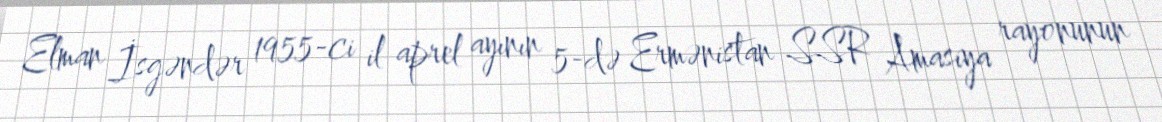
Elman İsgəndər 1955-ci il aprel ayının 5-də Ermənistan SSR Amasiya rayonunun